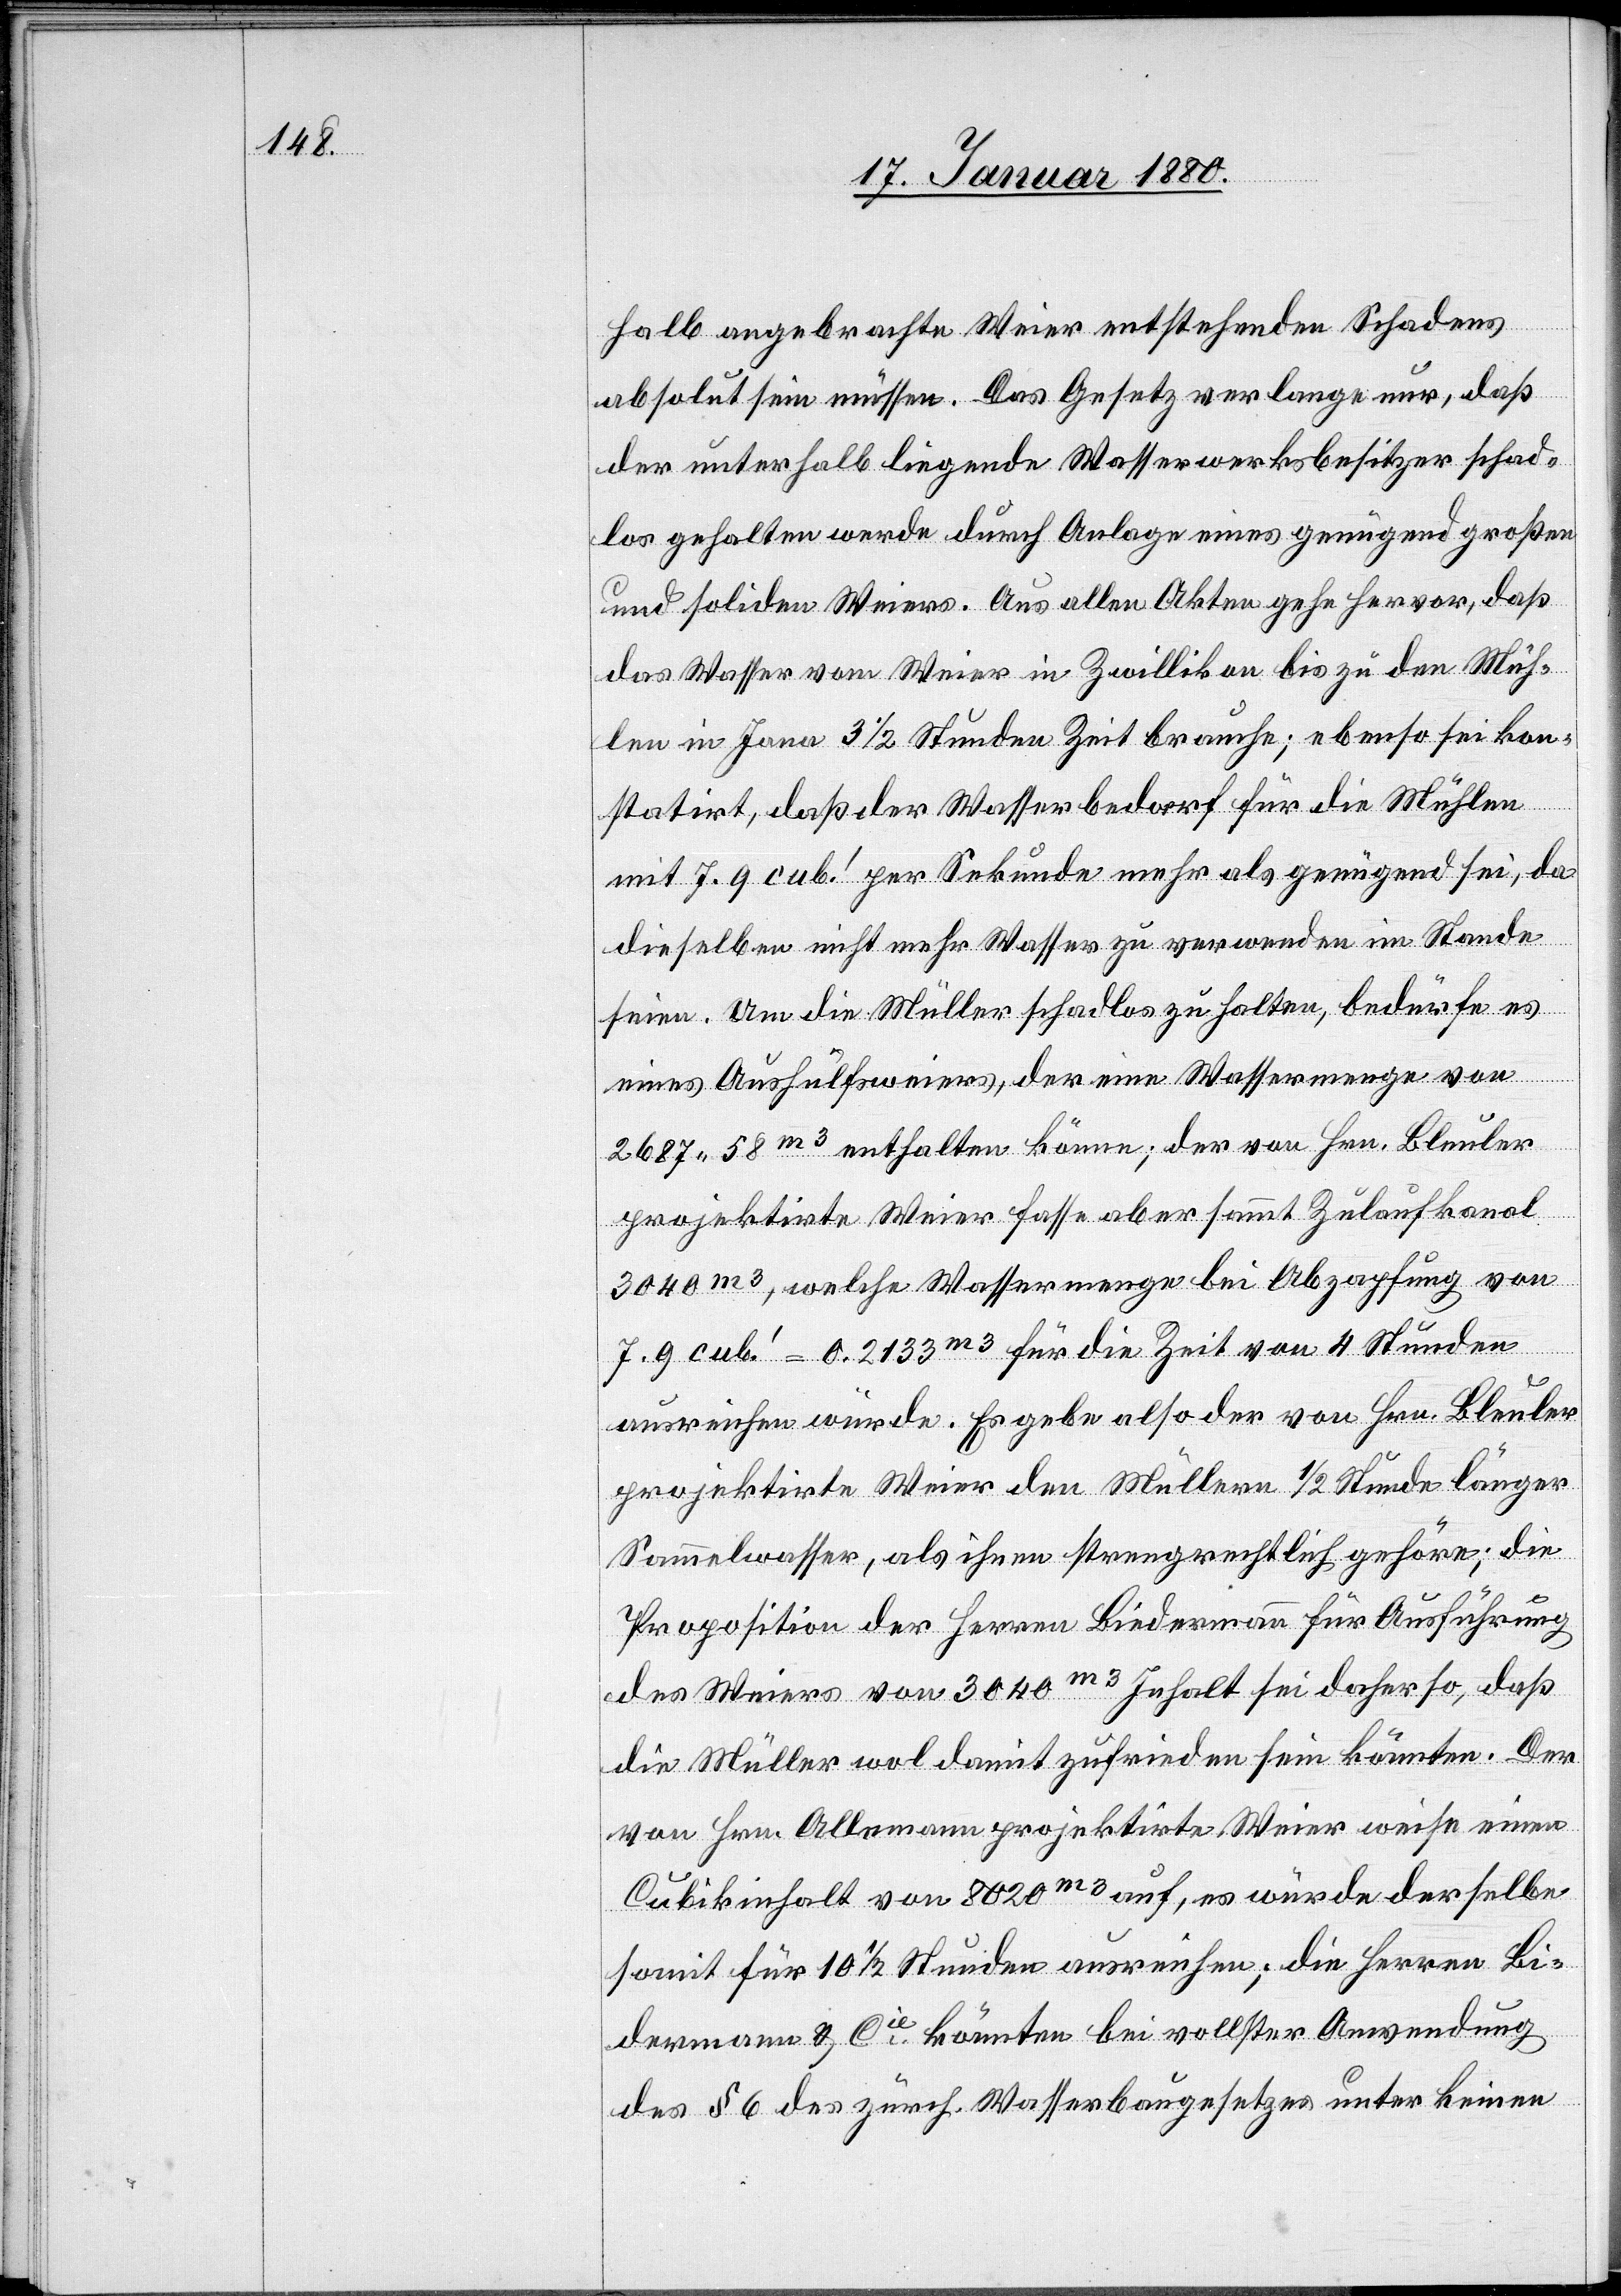
halb angebrachte Weier entstehenden Schadens
absolut sein müssen. Das Gesetz verlange nur, daß
der unterhalb liegende Wasserwerksbesitzer schad¬
los gehalten werde durch Anlage eines genügend großen
und soliden Weiers. Aus allen Akten gehe hervor, daß
das Wasser vom Weier in Zwillikon bis zu den Müh¬
len in Jona 3 1/2 Stunden Zeit brauche; ebenso sei kon¬
statirt, daß der Wasserbedarf für die Mühlen
mit 7,9 cub.‘ per Sekunde mehr als genügend sei, da
dieselben nicht mehr Wasser zu verwenden im Stande
seien. Um die Müller schadlos zu halten, bedürfe es
eines Aushülfsweiers, der eine Wassermenge von
2687.58m3 enthalten könne; der von Hrn. Bleuler
projektirte Weier fasse aber sammt Zulaufkanal
3040m3, welche Wassermenge bei Abzapfung von
7,9 cub.‘ = 0,2133m3 für die Zeit von 4 Stunden
ausreichen würde. Es gebe also der von Hrn. Bleuler
projektirte Weier den Müllern 1/2 Stunde länger
Sammelwasser, als ihnen strengrechtlich gehöre; die
Proposition der Herren Bidermann für Ausführung
des Weiers von 3040m3 Inhalt sei daher so, daß
die Müller wol damit zufrieden sein könnten. Der
von Hrn. Allemann projektirte Weier weise einen
Cubikinhalt von 8020m3 auf, es würde derselbe
somit für 10 1/2 Stunden ausreichen; die Herren Bi¬
dermann & Cie könnten bei vollster Anwendung
des § 6 des zürch. Wasserbaugesetzes unter keinen